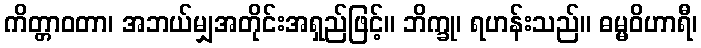
ကိတ္တာဝတာ၊ အဘယ်မျှအတိုင်းအရှည်ဖြင့်။ ဘိက္ခု၊ ရဟန်းသည်။ ဓမ္မဝိဟာရီ၊